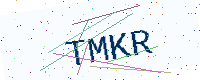
Text: TMKR